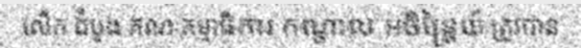
លើក ដំបូង គណៈកម្មាធិការ កណ្តាល អចិន្ត្រៃយ៍ ត្រូវបាន